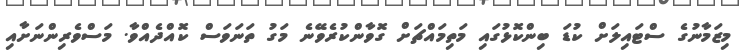
މިޒަމާނުގެ ސްޓައިލަށް ކުޑަ ބިންކޮޅުގައި މަތިމައްޗަށް ގޮވާންކުރެވޭނެ މަގު ތަނަވަސް ކޮއްދެއްވާ. މަސްވެރިންނަށާއި